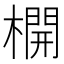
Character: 𣛣